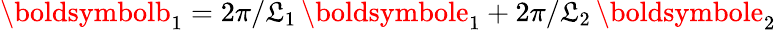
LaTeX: \boldsymbolb_{1}=2\pi/\mathfrak{L}_{1}\, \boldsymbole_{1}+2\pi/\mathfrak{L}_{2}\, \boldsymbole_{2}